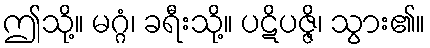
ဤသို့။ မဂ္ဂံ၊ ခရီးသို့။ ပဋိပဇ္ဇိ၊ သွား၏။